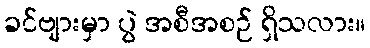
ခင်ဗျားမှာ ပွဲ အစီအစဉ် ရှိသလား။